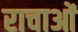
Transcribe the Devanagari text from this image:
राचाओं